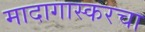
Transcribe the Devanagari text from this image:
मादागास्करचा